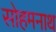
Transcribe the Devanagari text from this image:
सोहमनाथ